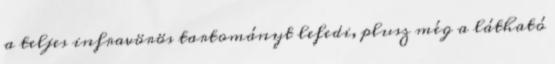
a teljes infravörös tartományt lefedi, plusz még a látható